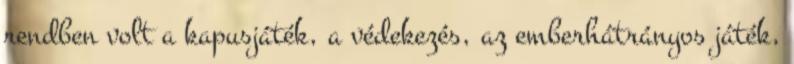
rendben volt a kapusjáték, a védekezés, az emberhátrányos játék,